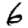
Digit: 6